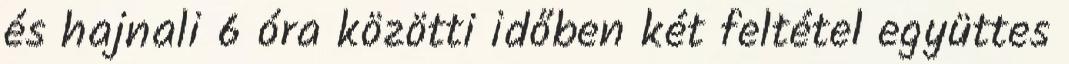
és hajnali 6 óra közötti időben két feltétel együttes